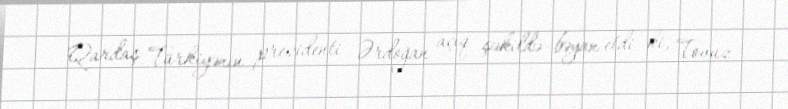
Qardaş Türkiyənin prezidenti Ərdoğan açıq şəkildə bəyan etdi ki, Tovuz